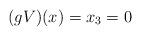
LaTeX: \begin{align*} (gV)(x)=x_3=0\end{align*}